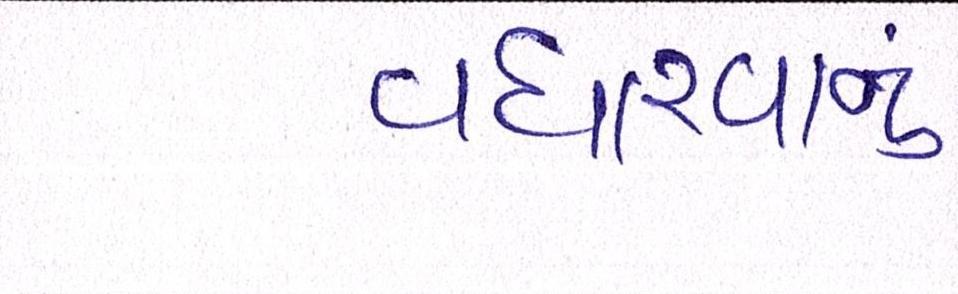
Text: વધારવાનું